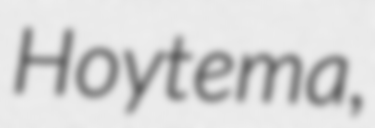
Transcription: Hoytema,